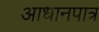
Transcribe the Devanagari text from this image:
आधानपात्र